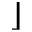
\rfloor